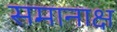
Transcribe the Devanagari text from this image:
समानाक्ष